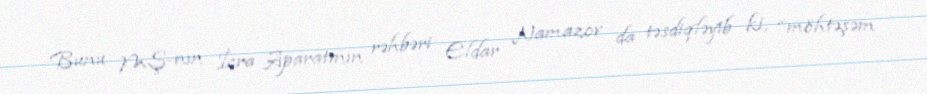
Bunu MŞ-nın İcra Aparatının rəhbəri Eldar Namazov da təsdiqləyib ki, “möhtəşəm